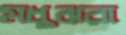
মধুঝরা